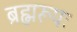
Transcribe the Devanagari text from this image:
ब्रह्मरूपः